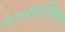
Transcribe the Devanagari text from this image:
डायमरीकरण